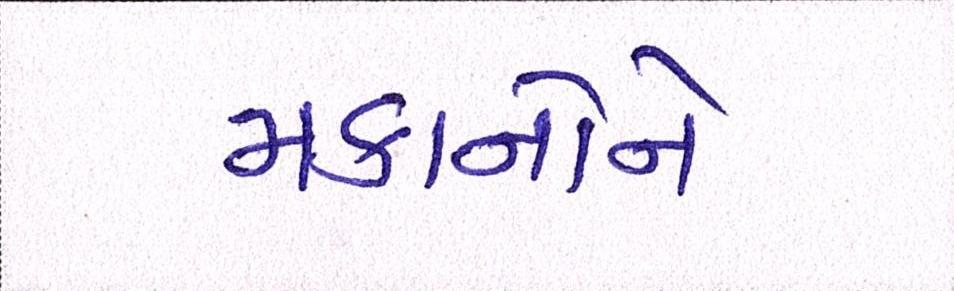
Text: મકાનોને